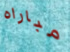
مباراه